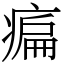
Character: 㾫